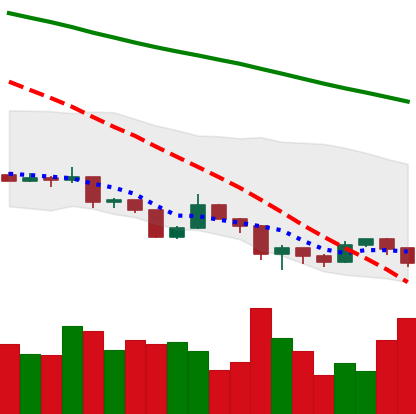
Ticker: XLM-USD
Chart end date: 2019-08-21
Forward return: 3.681%
Label: up_3_5